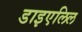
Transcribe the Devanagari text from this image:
डाइएलिल